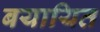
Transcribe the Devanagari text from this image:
बयायित